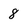
Character: 8